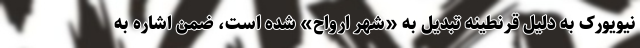
نیویورک به دلیل قرنطینه تبدیل به «شهر ارواح» شده است، ضمن اشاره به